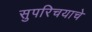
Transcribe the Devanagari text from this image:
सुपरिचयाचे